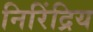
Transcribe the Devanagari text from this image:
निरिंद्रिय